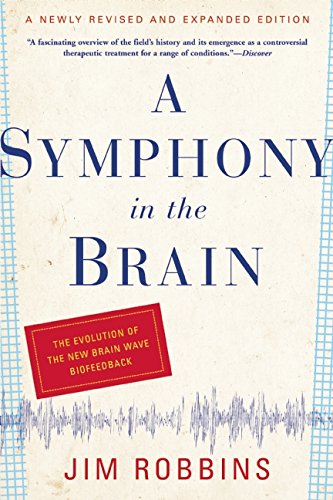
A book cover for A Symphony in the Brain: The Evolution of the New Brain Wave Biofeedback; Jim Robbins; Health, Fitness & Dieting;